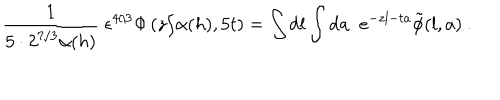
{ \frac { 1 } { 5 \cdot 2 ^ { 7 / 3 } \alpha ( h ) } } \; { \epsilon ^ { 4 / 3 } \Phi \left( { z / \alpha ( h ) } , 5 t \right) } = \int \mathrm { d } l \int \mathrm { d } a \; \; e ^ { - z l - t a } \tilde { \phi } ( l , a ) \ .